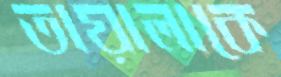
তায়ালাকে